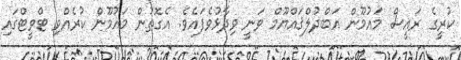
ކުރީގެ ރައީސް މައުމޫން އަބްދުލްޤައްޔޫމް ވަނީ ވިދާޅުވެފައެވެ. އެގޮތުން މައުމޫން ކުރެއްވި ޓްވީޓްގައި